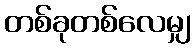
တစ်ခုတစ်လေမျှ